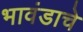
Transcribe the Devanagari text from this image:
भावंडाचे